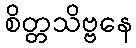
စိတ္တသိဗ္ဗနေ